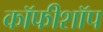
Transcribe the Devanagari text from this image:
कॉफीशॉप